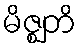
မိဇ္ဈတိ